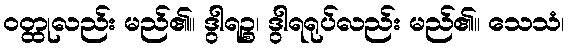
ဝတ္ထုလည်း မည်၏။ ဒွါရဉ္စ၊ ဒွါရရုပ်လည်း မည်၏။ သေသံ၊